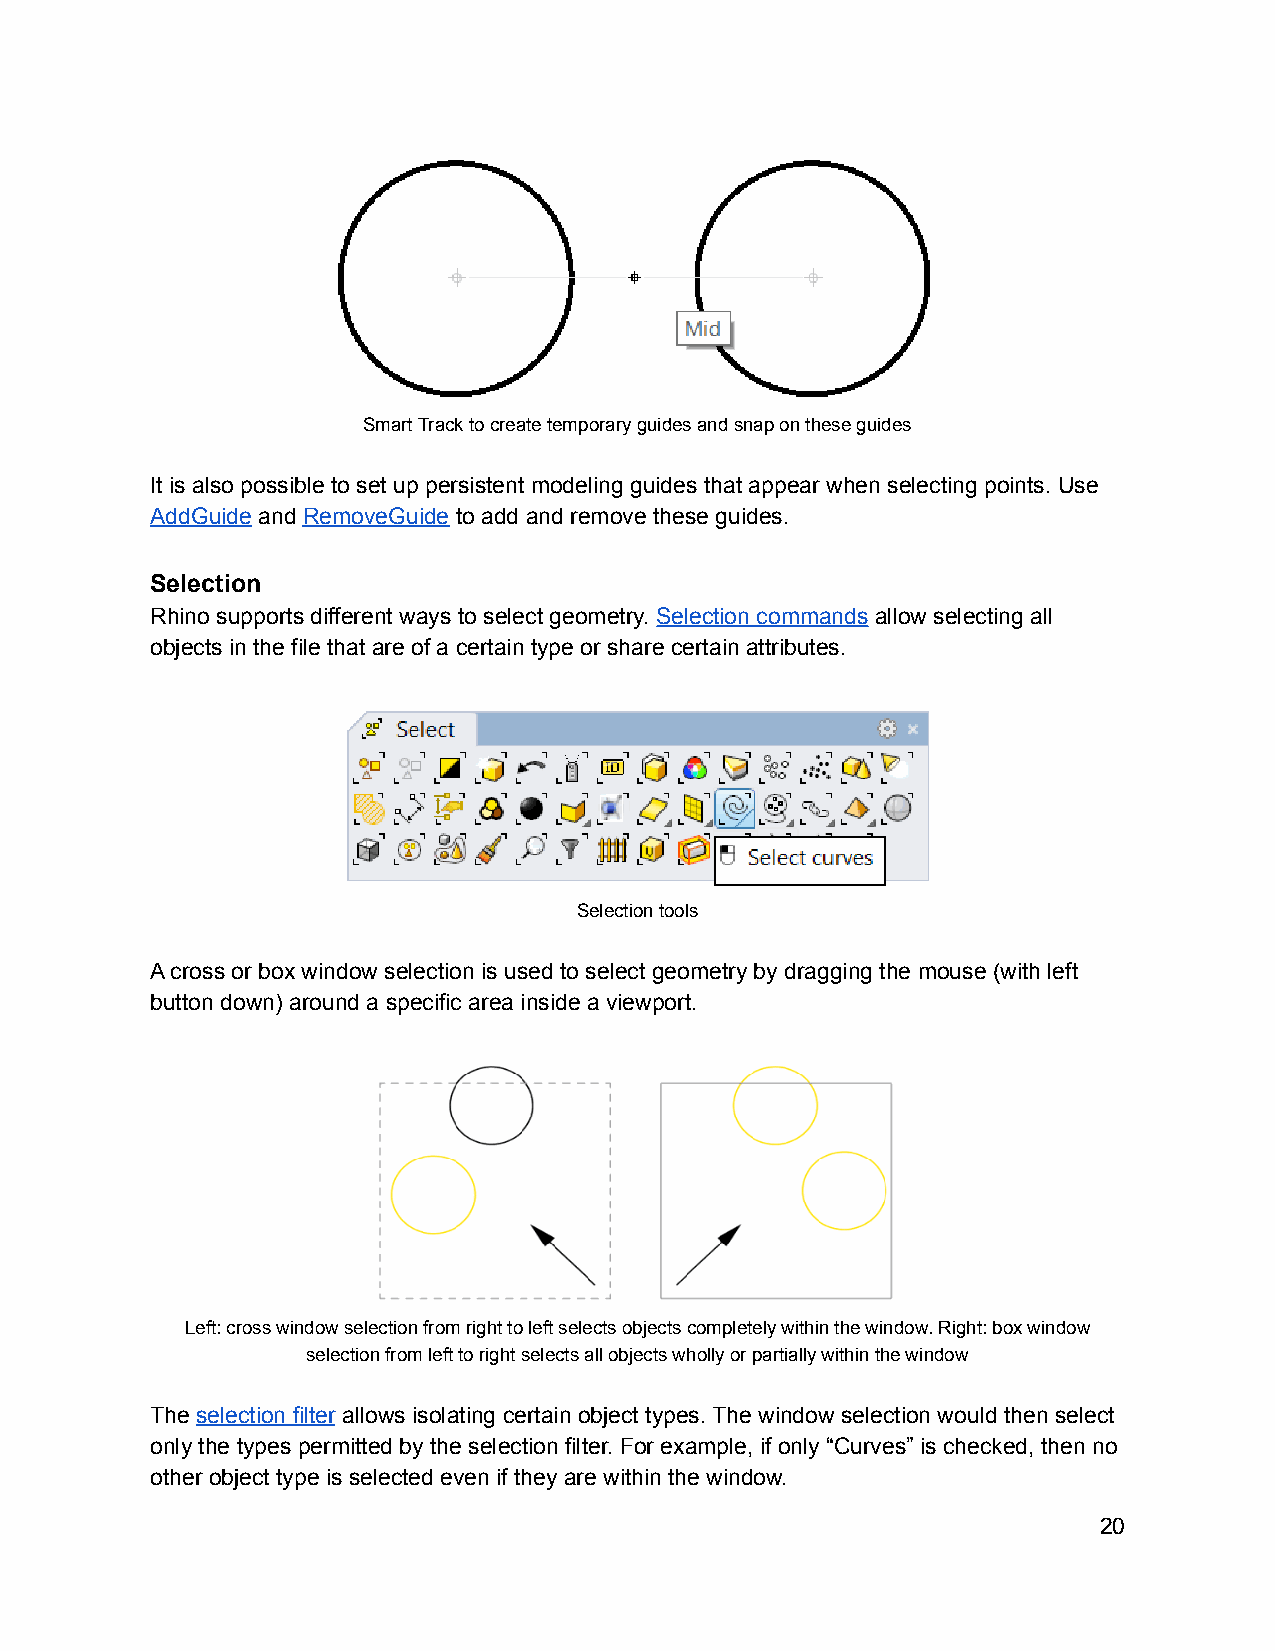
Smart Track to create temporary guides and snap on these guides
 It is also possible to set up persistent modeling guides that appear when selecting points. Use
 AddGuide and RemoveGuide to add and remove these guides.
 Selection
 Rhino supports different ways to select geometry. Selection commands allow selecting all
 objects in the file that are of a certain type or share certain attributes.
 Selection tools
 A cross or box window selection is used to select geometry by dragging the mouse (with left
 button down) around a specific area inside a viewport.
 Left: cross window selection from right to left selects objects completely within the window. Right: box window
 selection from left to right selects all objects wholly or partially within the window
 The selection filter allows isolating certain object types. The window selection would then select
 only the types permitted by the selection filter. For example, if only “Curves” is checked, then no
 other object type is selected even if they are within the window.
 20